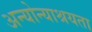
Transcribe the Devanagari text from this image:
अन्योन्याश्रयता